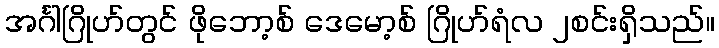
အင်္ဂါဂြိုဟ်တွင် ဖိုဘော့စ် ဒေမော့စ် ဂြိုဟ်ရံလ ၂စင်းရှိသည်။